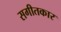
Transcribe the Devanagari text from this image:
सगीतकार